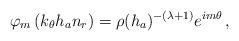
LaTeX: \begin{align*}\varphi_m\left( k_\theta h_a n_r\right)=\rho(h_a)^{-(\lambda+1)} e^{im\theta}\,,\end{align*}